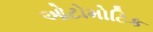
ઓટોમોટિક